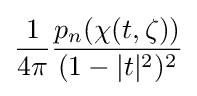
{\frac {1}{4\pi }}{\frac {p_{n}(\chi (t,\zeta ))}{(1-|t|^{2})^{2}}}